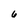
Character: 6